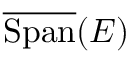
{ \overline { { \operatorname { S p a n } } } } ( E )